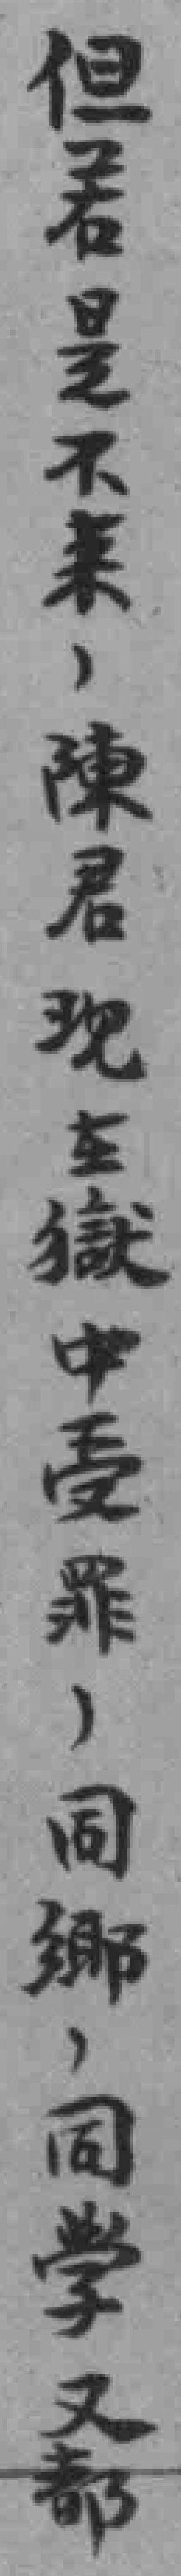
但君是不来，陳君现至獄中受罪，同郷，同學又都